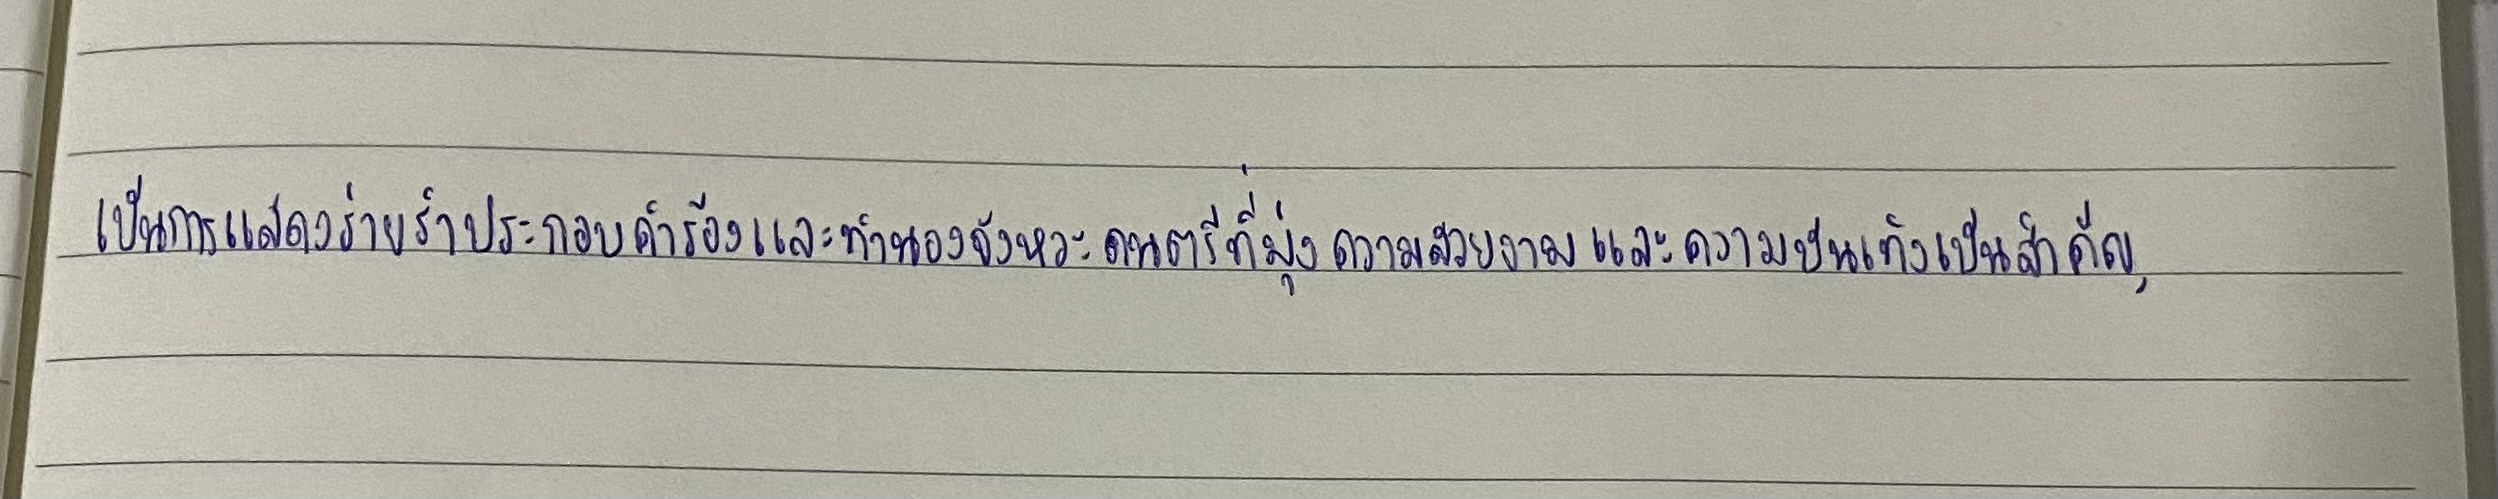
เป็นการแสดงร่ายรำประกอบคำร้องและทำนองจังหวะดนตรีที่มุ่งความสวยงามและความบันเทิงเป็นสำคัญ